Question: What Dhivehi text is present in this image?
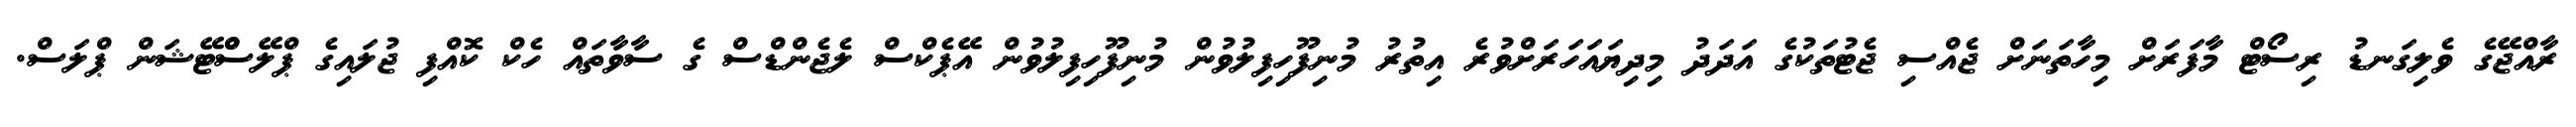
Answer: ރާއްޖޭގެ ވެލިގަނޑު ރިސޯޓް މާފަރަށް މިހާތަނަށް ޖެއްސި ޖެޓުތަކުގެ އަދަދު މިދިޔައަހަރަށްވުރެ އިތުރު މުނިފޫހިފިލުވުން މުނިފޫހިފިލުވުން އޭޕެކްސް ލެޖެންޑްސް ގެ ސާވާތައް ހެކް ކޮއްފި ޖުލައިގެ ޕްލޭސްްޓޭޝަން ޕްލަސް.